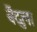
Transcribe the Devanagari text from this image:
बैंदुला